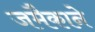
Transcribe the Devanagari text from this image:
जमैकाने